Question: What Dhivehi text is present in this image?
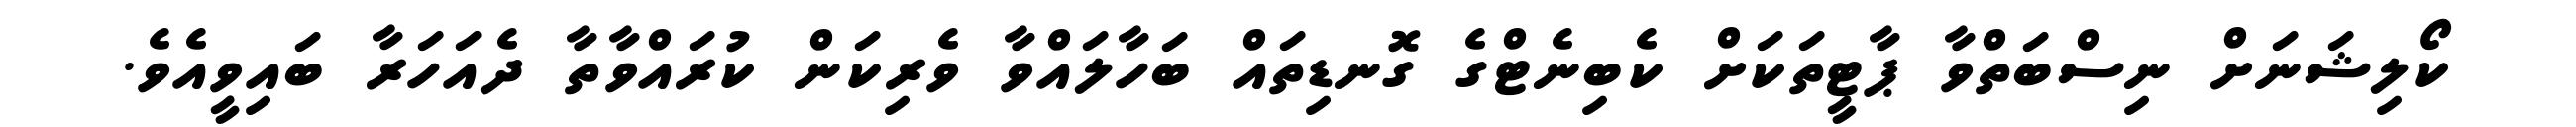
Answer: ކޯލިޝަނަށް ނިސްބަތްވާ ޕާޓީތަކަށް ކެބިނެޓްގެ ގޮނޑިތައް ބަހާލައްވާ ވެރިކަން ކުރައްވާތާ ދެއަހަރާ ބައިވީއެވެ.